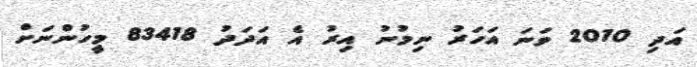
އަދި 2010 ވަނަ އަހަރު ނިމުނު އިރު އެ އަދަދު 83418 މީހުންނަށް